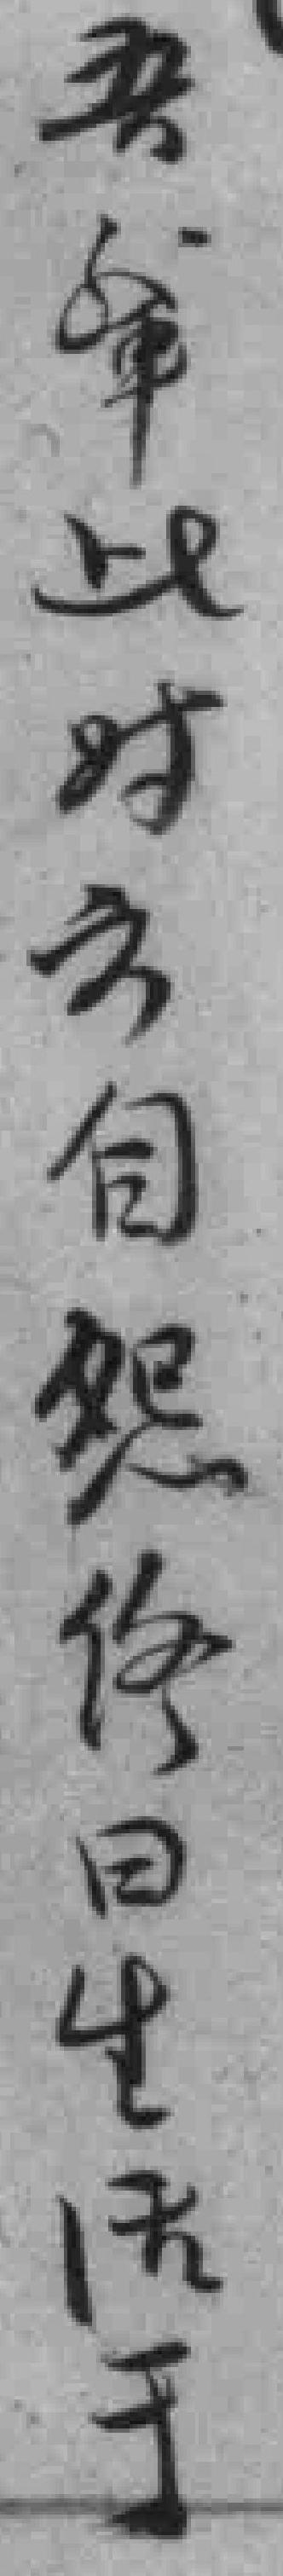
吾軰此时云自怨终日生活